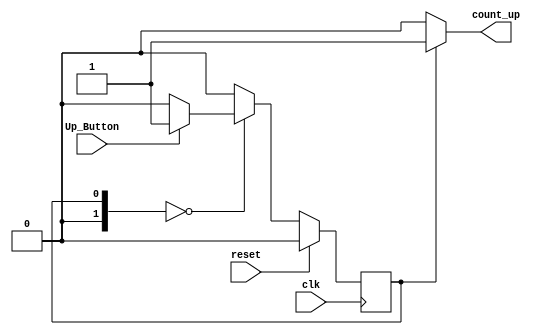
`timescale 1ns / 1ps


module Deposit(

input clk,
input reset,
input Up_Button,//deposit money
output count_up);//triggers increment signal

localparam S00 = 0, FLAG = 1; 
reg [1:0] current_state = 0; // Current State
reg [1:0] next_state = 0; // Next State
reg set_flag = 1; // Flag for when to count

//--------------------------------------------------------------------------------------------
// Next state sequential logic
//--------------------------------------------------------------------------------------------
always @(posedge clk) begin
    if (reset) current_state <= S00;
    else current_state <= next_state;
end
//--------------------------------------------------------------------------------------------
// Next state combinational logic
//--------------------------------------------------------------------------------------------
always @(current_state, Up_Button)// 
begin
    case(current_state)
        S00: begin
            if (Up_Button)
                next_state = FLAG;
            else
                next_state = S00;
        end
        FLAG: begin
            next_state = S00;
        end
        default: begin // Implied-latch free implementation
            next_state = S00;
        end
endcase
end

//--------------------------------------------------------------------------------------------
// Combinational output logic for each state
//--------------------------------------------------------------------------------------------
always @(current_state) begin
    case (current_state)
        S00: begin
        set_flag = 0;
    end
        FLAG: begin
        set_flag = 1;
    end
    default: begin
        set_flag = 0;
    end
endcase
end
//--------------------------------------------------------------------------------------------
// Output assignment
//--------------------------------------------------------------------------------------------
assign count_up = set_flag;
endmodule